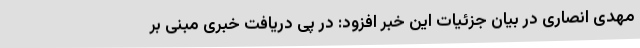
مهدی انصاری در بیان جزئیات این خبر افزود: در پی دریافت خبری مبنی بر